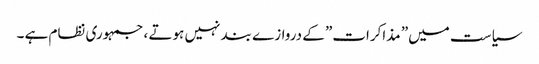
سیاست میں” مذاکرات” کے دروازے بند نہیں ہوتے ، جمہوری نظام ہے ۔